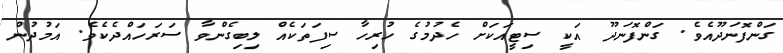
ގަންފޮނަދޫއެވެ. ގަންފޮނަދޫ އަކީ ސިޓީއަކަށް ހެދުމުގެ ހުރިހާ ސިފަތަކެއް ލިބިގެންވާ ސަރަހައްދެކެވެ. އަމުދުން